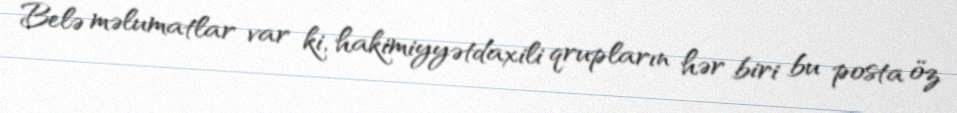
Belə məlumatlar var ki, hakimiyyətdaxili qrupların hər biri bu posta öz